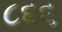
૮૬૬